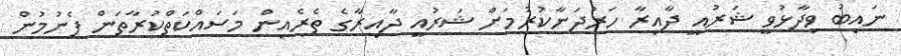
ނައިބު ވިދާޅުވީ ޝަރުއީ ދާއިރާ ހަރުދަނާކުރުމަށް ޝަރުއީ ދާއިރާގެ ތެރެއިން މަސައްކަތްކުރާތަން ފެނުމުން